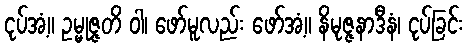
ငုပ်အံ့။ ဥမ္မုဇ္ဇတိ ဝါ၊ ဖော်မူလည်း ဖော်အံ့။ နိမုဇ္ဇနာဒီနံ၊ ငုပ်ခြင်း